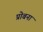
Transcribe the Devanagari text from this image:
प्रोबना